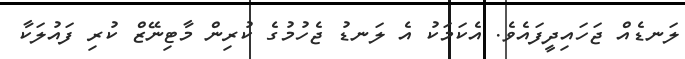
ލަނޑެއް ޖަހައިދީފައެވެ. އެކަމަކު އެ ލަނޑު ޖެހުމުގެ ކުރިން މާޓިނޭޒް ކުރި ފައުލަކާ